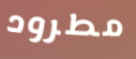
مطرود